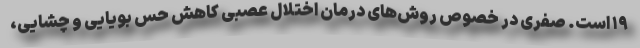
۱۹ است. صفری در خصوص روش‌های درمان اختلال عصبی کاهش حس بویایی و چشایی،